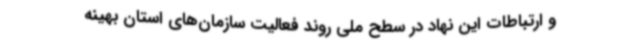
و ارتباطات این نهاد در سطح ملی روند فعالیت سازمان‌های استان بهینه